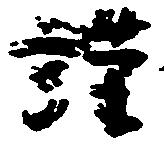
謹